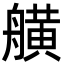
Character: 𦪗